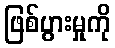
ဖြစ်ပွားမှုကို